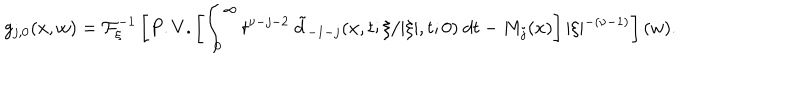
\displaystyle g _ { j , 0 } ( x , w ) = { \cal F } _ { \xi } ^ { - 1 } \left[ P . V . \left[ \int _ { 0 } ^ { \infty } t ^ { \nu - j - 2 } \ \tilde { d } _ { - 1 - j } ( x , t ; \xi / \vert \xi \vert , t ; 0 ) \ d t - M _ { j } ( x ) \right] \vert \xi \vert ^ { - ( \nu - 1 ) } \right] ( w ) .